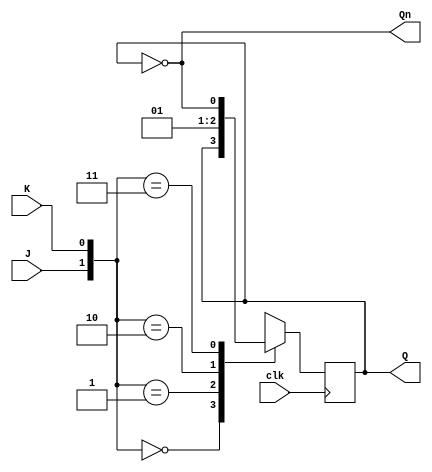
/* Descripcion HDL de un flip-flop tipo JK*/
module ffJK(J, K, clk, Q, Qn);
  input J, K, clk;
  output Qn;
  output reg Q;
  always @(negedge clk)
  begin
    case({J,K})
    2'b00 : Q <= Q;
    2'b01 : Q <= 0;
    2'b10 : Q <= 1;
    2'b11 : Q <= ~Q;
    endcase
  end
  assign Qn = ~Q;
endmodule